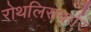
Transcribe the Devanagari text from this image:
रोथलिसवर्गर